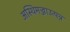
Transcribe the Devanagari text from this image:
अस्थिमज्जाउत्पन्न